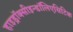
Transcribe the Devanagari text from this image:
हाइड्रॉक्सीइन्डॉलिएसिटिक